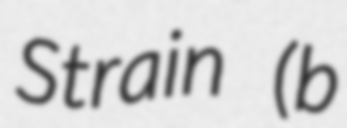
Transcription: Strain (b